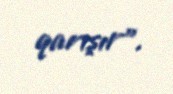
qarışır”.